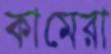
কামেরা